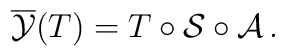
\overline{\cal Y}(T)=T\circ{\cal S}\circ{\cal A}\,.